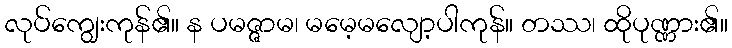
လုပ်ကျွေးကုန်၏။ န ပမဇ္ဇာမ၊ မမေ့မလျော့ပါကုန်။ တဿ၊ ထိုပုဏ္ဏား၏။